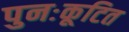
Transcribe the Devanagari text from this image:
पुनःकूटित